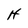
Character: H